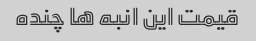
قیمت این انبه ها چنده